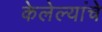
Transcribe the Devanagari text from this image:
केलेल्यांचे